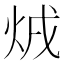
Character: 𤇳